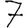
Digit: 7